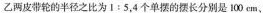
乙两皮带轮的半径之比为1：5，4个单摆的摆长分别是100cm，